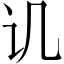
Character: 讥